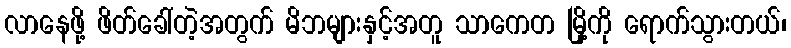
လာနေဖို့ ဖိတ်ခေါ်တဲ့အတွက် မိဘများနှင့်အတူ သာကေတ မြို့ကို ရောက်သွားတယ်၊